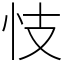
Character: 忮